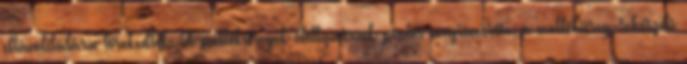
eltávolítására törekedtek. A melléküregek élettanának pontos megismerése, a melléküreg-sebészeti